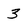
Character: 3